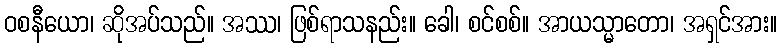
ဝစနီယော၊ ဆိုအပ်သည်။ အဿ၊ ဖြစ်ရာသနည်း။ ခေါ၊ စင်စစ်။ အာယသ္မာတော၊ အရှင်အား။